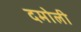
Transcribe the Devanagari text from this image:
दमोली